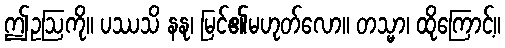
ဤဥဩကို။ ပဿသိ နနု၊ မြင်၏မဟုတ်လော။ တသ္မာ၊ ထိုကြောင့်။